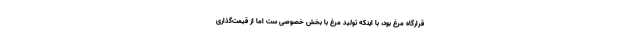
قرارگاه مرغ بود، با اینکه تولید مرغ با بخش خصوصی ست اما از قیمت‌گذاری